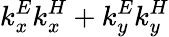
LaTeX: k_{x}^{E}k_{x}^{H}+k_{y}^{E}k_{y}^{H}